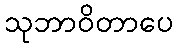
သုဘာဝိတာပေ